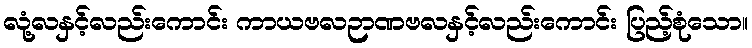
လုံ့လနှင့်လည်းကောင်း ကာယဗလဉာဏဗလနှင့်လည်းကောင်း ပြည့်စုံသော။